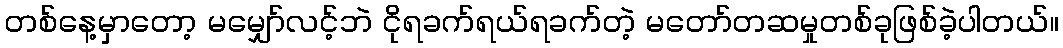
တစ်နေ့မှာတော့ မမျှော်လင့်ဘဲ ငိုရခက်ရယ်ရခက်တဲ့ မတော်တဆမှုတစ်ခုဖြစ်ခဲ့ပါတယ်။